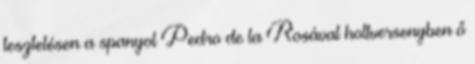
tesztelésen a spanyol Pedro de la Rosával holtversenyben ő